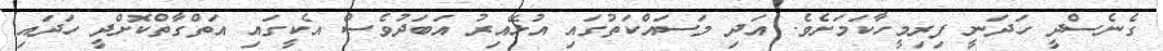
ގެނެސްދީ ހަދަނީ ފިރިމީހާކަމަށެވެ. އަދި މަސައްކަތުގައި އުޅޭއިރު އަބަދުވެސް އެކީގައި އަތްގާތްކޮށްދީ ހަދައި